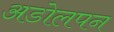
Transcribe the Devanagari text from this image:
अडोलपन